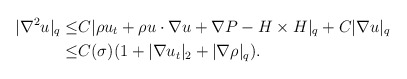
\begin{align*}|\nabla^2 u|_q \leq &C|\rho u_t+\rho u\cdot \nabla u +\nabla P-H\times H|_q+C|\nabla u|_q\\\leq& C(\sigma)(1+|\nabla u_t|_2+|\nabla \rho|_q).\end{align*}